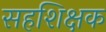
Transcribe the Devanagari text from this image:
सहशिक्षक